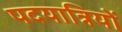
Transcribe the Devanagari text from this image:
पदयात्रियों